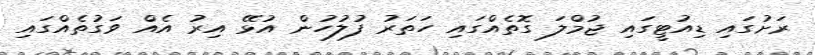
ރަށުގައި ޑިއުޓީގައި ޖުމްލަ ގޮތެއްގައި ހަތަރު ފުލުހުން އުޅޭ އިރު އެއް ވަގުތެއްގައި